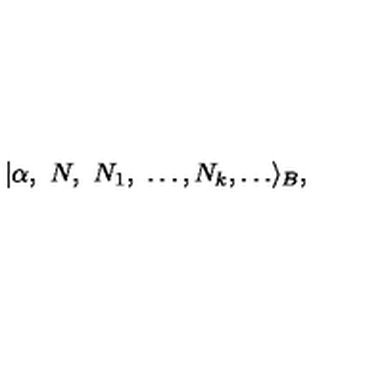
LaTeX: | \alpha , \ N , \ N _ { 1 } , \ \dots , N _ { k } , \dots \rangle _ { B } ,